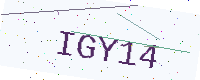
Text: IGY14